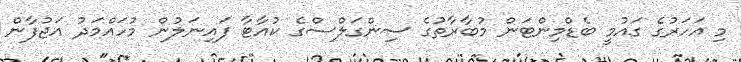
މި އަހަރުގެ ގައުމީ ބެޑްމިންޓަން މުބާރާތުގެ ސިންގަލްސްގެ ކުއާޓާ ފައިނަލުން މުހައްމަދު އަޖުފާން